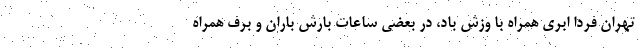
تهران فردا ابری همراه با وزش باد، در بعضی ساعات بارش باران و برف همراه